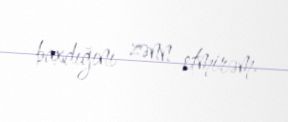
baxdığını zənn etmirəm.